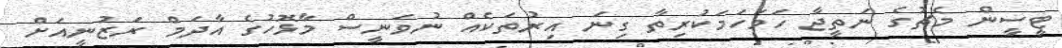
ޓީސީން މެޗުގެ ނަތީޖާ ހަމަހަމަކުރިތާ ގިނަ އިރުތަކެއް ނުވަނީސް މާޅޮހުގެ އާދަމް ރަޒުނީއަށް